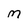
Character: M